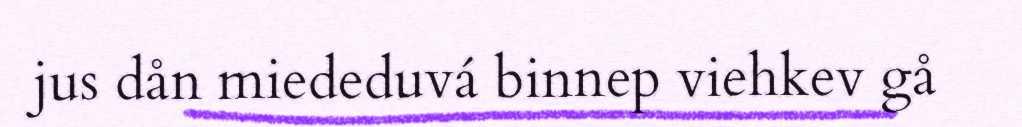
jus dån miededuvá binnep viehkev gå